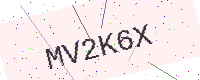
Text: MV2K6X